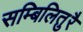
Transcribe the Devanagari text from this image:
सम्बिलितुरै